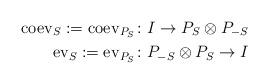
LaTeX: \begin{align*} \mathrm{coev}_S:=\mathrm{coev}_{P_{S}} \colon& I \to P_{S} \otimes P_{-S} \\ \mathrm{ev}_{S}:=\mathrm{ev}_{P_S} \colon& P_{-S} \otimes P_{S} \to I \end{align*}